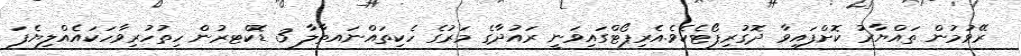
ރޭވުމުން ތައްޔާރު ކޮށްފައިވާ ދޮގުރިޕޯޓެކެވެ.އެރިޕޯޓްގައިވަނީ ރައުދާގެ މަރުގެ ހެކިތައްނައތާލާ 3 ޑޮކްޓރުން ހިތުހުރިވާހަކައެއްލިޔެފަ